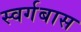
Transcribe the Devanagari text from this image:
स्वर्गबास